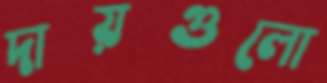
দায়গুলো